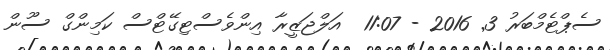
ސެޕްޓެމްބަރު 3